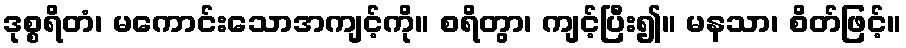
ဒုစ္စရိတံ၊ မကောင်းသောအကျင့်ကို။ စရိတွာ၊ ကျင့်ပြီး၍။ မနသာ၊ စိတ်ဖြင့်။